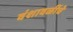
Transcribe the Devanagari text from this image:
वंशावळींचे